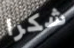
شكرا